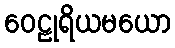
ဝေဠုရိယမယော